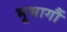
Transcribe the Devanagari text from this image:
भूभागौं